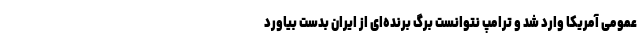
عمومی آمریکا وارد شد و ترامپ نتوانست برگ برنده‌ای از ایران بدست بیاورد